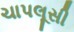
ચાપલૂસી